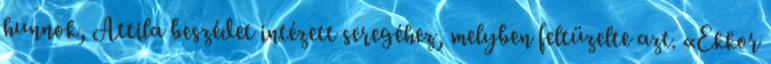
hunnok, Attila beszédet intézett seregéhez, melyben feltüzelte azt. «Ekkor